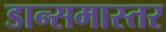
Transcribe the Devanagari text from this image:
डान्समास्तर